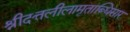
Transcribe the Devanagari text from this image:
श्रीदत्तलीलामृताब्धिसार